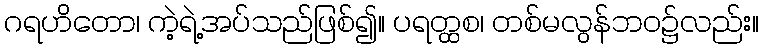
ဂရဟိတော၊ ကဲ့ရဲ့အပ်သည်ဖြစ်၍။ ပရတ္ထစ၊ တစ်မလွန်ဘဝ၌လည်း။